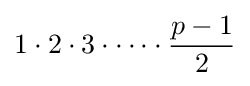
1\cdot 2\cdot 3\cdot \cdots \cdot {\frac {p-1}{2}}